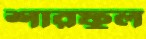
শারফুল